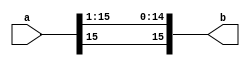

module rsh_1(a,b);
    input [15:0] a;
    output [15:0] b;
    
assign {b[15],b[14:0]}= {a[15],a[15:1]};

endmodule